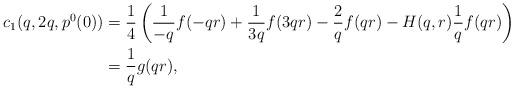
LaTeX: \begin{align*}c_1(q,2q,p^0(0)) &= \frac 14 \left( \frac{1}{-q}f(-qr) + \frac{1}{3q}f(3qr) - \frac{2}{q}f(qr) - H(q,r)\frac 1q f(qr)\right)\\&=\frac 1q g(qr),\end{align*}